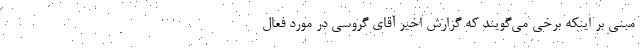
مبنی بر اینکه برخی می‌گویند که گزارش اخیر آقای گروسی در مورد فعال